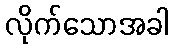
လိုက်သောအခါ